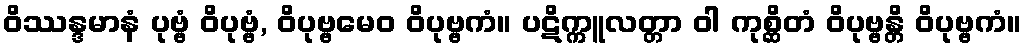
ဝိဿန္ဒမာနံ ပုဗ္ဗံ ဝိပုဗ္ဗံ, ဝိပုဗ္ဗမေဝ ဝိပုဗ္ဗကံ။ ပဋိက္ကူလတ္တာ ဝါ ကုစ္ဆိတံ ဝိပုဗ္ဗန္တိ ဝိပုဗ္ဗကံ။